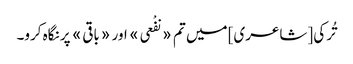
تُرکی [شاعری] میں تم «نفْعی» اور «باقی» پر نگاہ کرو۔